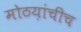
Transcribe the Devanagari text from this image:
मोठय़ांचीच